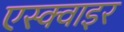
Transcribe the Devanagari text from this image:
एस्क्वाइर